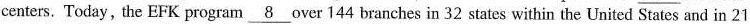
centers. Today, the EFK program \underline{8} over 144 branches in 32 states within the United States and in 21